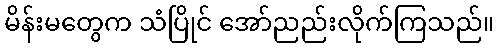
မိန်းမတွေက သံပြိုင် အော်ညည်းလိုက်ကြသည်။